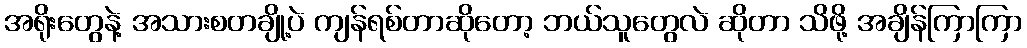
အရိုးတွေနဲ့ အသားစတချို့ပဲ ကျန်ရစ်တာဆိုတော့ ဘယ်သူတွေလဲ ဆိုတာ သိဖို့ အချိန်ကြာကြာ